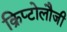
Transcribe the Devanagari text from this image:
क्रिप्टोलौजी